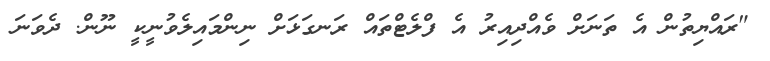
"ރައްޔިތުން އެ ތަނަށް ވެއްދިއިރު އެ ފްލެޓްތައް ރަނގަޅަށް ނިންމައިލެވުނީކީ ނޫން. ދެވަނަ